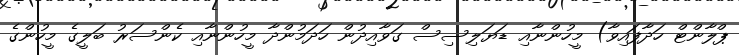
ޕްލާންޓް ހަދާފައިވާ) މީހުންނާއި ޑަޔަލިސިސް ގަވާއިދުން ހަދަމުންދާ މީހުންނާއި ކެންސަރު ބަލީގެ މީހުންގެ